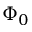
\Phi _ { 0 }